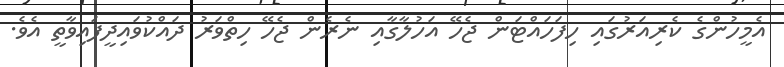
އެމީހުންގެ ކެރިއަރުގައި ހިފަހައްޓަން ޖެހޭ އަހުލާގާއި ނެރެން ޖެހޭ ހިތްވަރު ދައްކުވައިދީފައިވާތީ އެވެ.